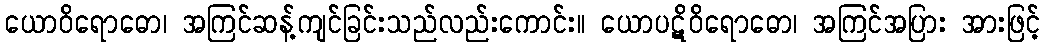
ယောဝိရောဓော၊ အကြင်ဆန့်ကျင်ခြင်းသည်လည်းကောင်း။ ယောပဋိဝိရောဓော၊ အကြင်အပြား အားဖြင့်